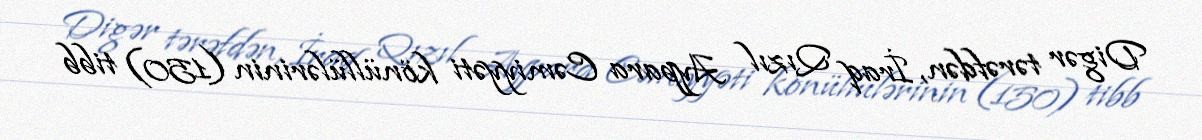
Digər tərəfdən, İraq Qızıl Aypara Cəmiyyəti könüllülərinin (150) tibb